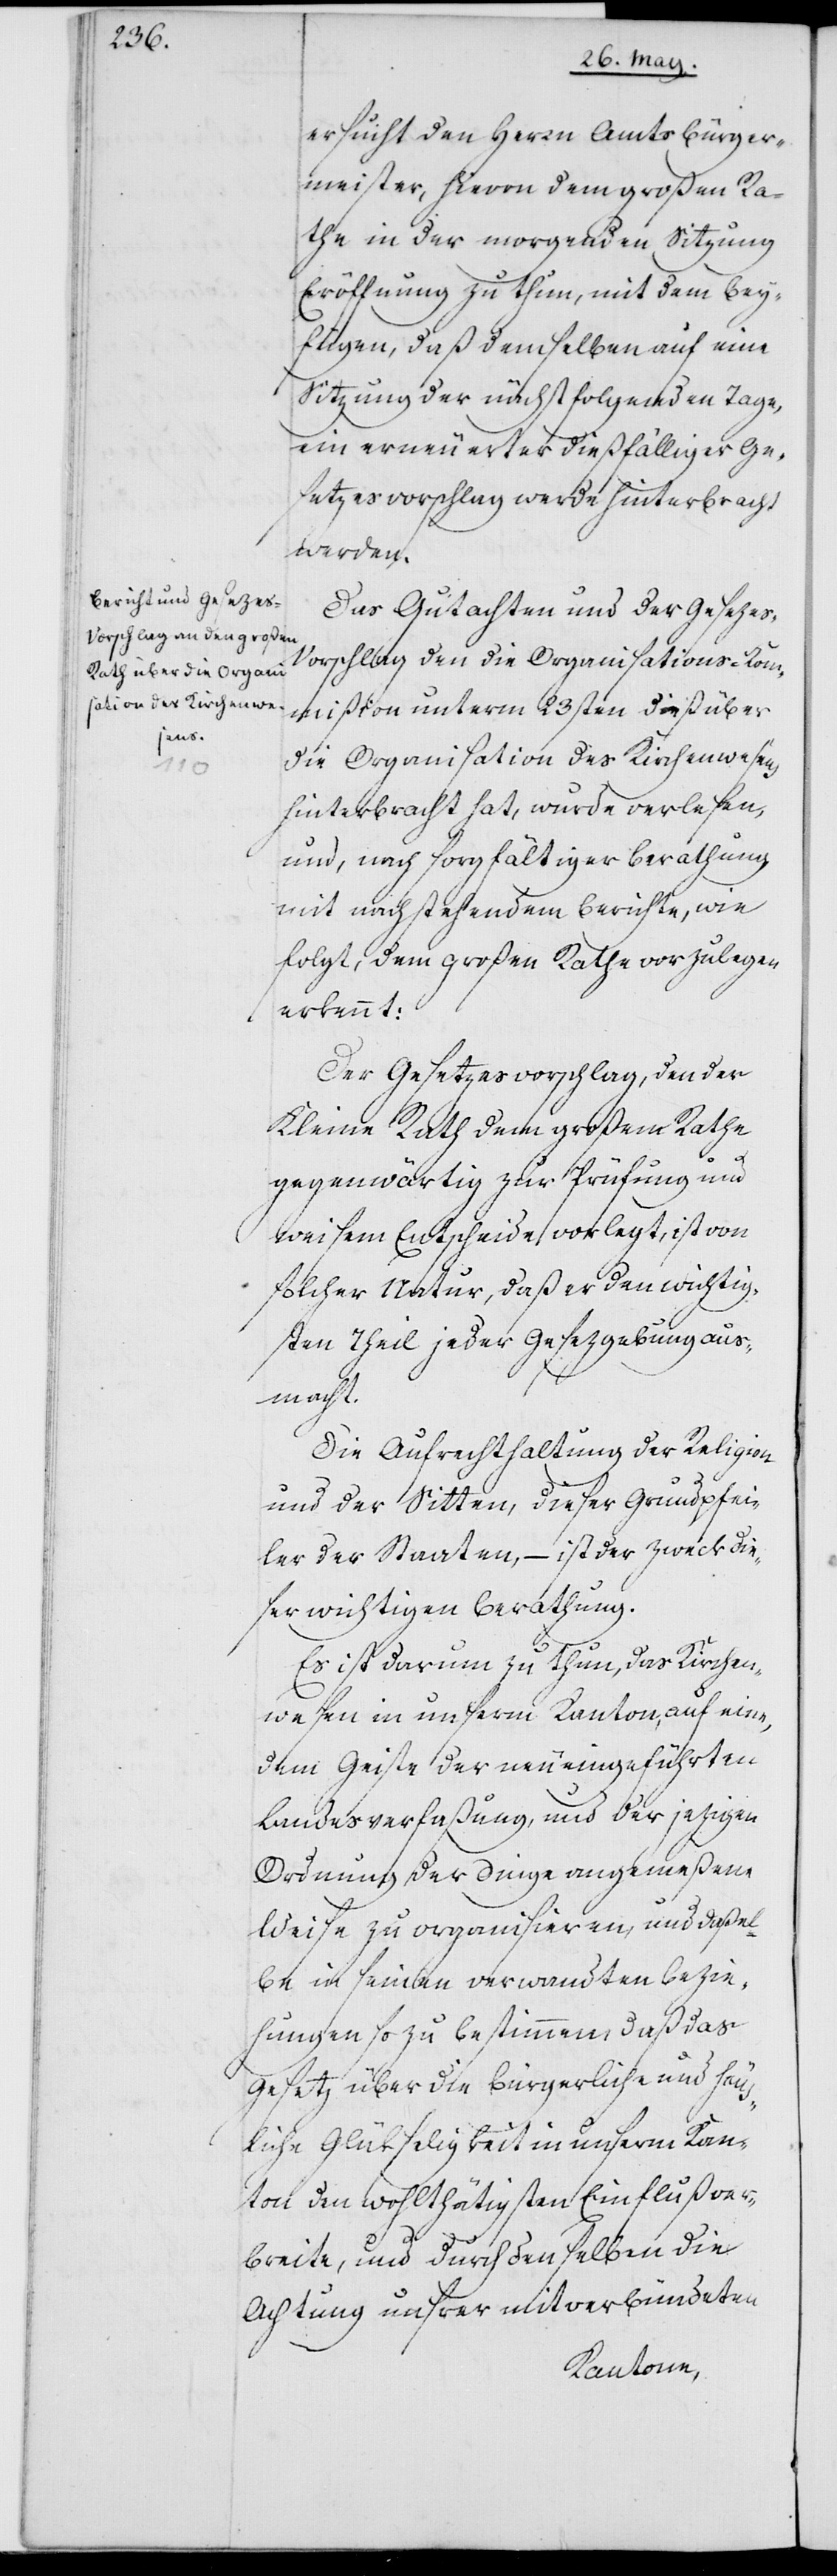
ersucht den Herrn Amtsbürger¬
meister, hievon dem großen Ra¬
the in der morgenden Sitzung
Eröffnung zu thun, mit dem Bey¬
fügen, daß demselben auf eine
Sitzung der nächstfolgenden Tage,
ein erneuerter dießfälliger Ge¬
setzesvorschlag werde hinterbracht
werden.
Das Gutachten und der Gesezes-V¬
orschlag, den die Organisations-Kom¬
mißion unterm 23sten dieß über
die Organisation des Kirchenwesens
hinterbracht hat, wurde verlesen
und, nach sorgfältiger Berathung
mit nachstehendem Berichte, wie
folgt, dem großen Rathe vorzulegen
erkennt:
Der Gesetzesvorschlag, den der
Kleine Rath dem großen Rathe
gegenwärtig zur Prüfung und
weisem Entscheide vorlegt, ist von
solcher Natur, daß er den wichtig¬
sten Theil jeder Gesezgebung aus¬
macht.
Die Aufrechterhaltung der Religion
und der Sitten, dieser Grundpfei¬
ler der Staaten, – ist der Zweck die¬
ser wichtigen Berathung.
Es ist darum zu thun, das Kirchen¬
wesen in unserm Kanton, auf eine,
dem Geiste der neu eingeführten
Landesverfaßung und der jezigen
Ordnung der Dinge angemeßene
Weise zu organisieren, und daßel¬
be in seinen verwandten Bezie¬
hungen so zu bestimmen, daß das
Gesetz über die bürgerliche und häus¬
liche Glükseligkeit in unserm Kan¬
ton den wohlthätigsten Einfluß ver¬
breite, und durch denselben die
Achtung unsrer mitverbündeten